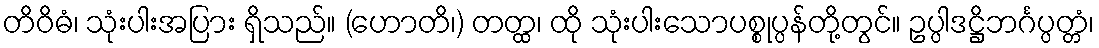
တိဝိဓံ၊ သုံးပါးအပြား ရှိသည်။ (ဟောတိ၊) တတ္ထ၊ ထို သုံးပါးသောပစ္စုပ္ပန်တို့တွင်။ ဥပ္ပါဒဋ္ဌိဘင်္ဂပ္ပတ္တံ၊